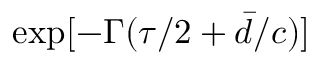
\exp [ - \Gamma ( \tau / 2 + \bar { d } / c ) ]